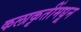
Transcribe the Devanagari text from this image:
कलाकृतींमधून